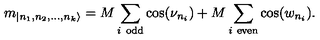
m _ { | n _ { 1 } , n _ { 2 } , \dots , n _ { k } \rangle } = M \sum _ { i \textrm { } \mathrm { o d d } } \cos ( \nu _ { n _ { i } } ) + M \sum _ { i \textrm { } \mathrm { e v e n } } \cos ( w _ { n _ { i } } ) .